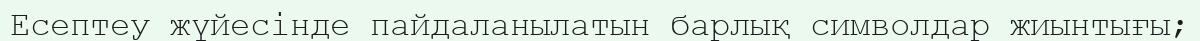
Есептеу жүйесінде пайдаланылатын барлық символдар жиынтығы;